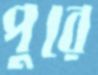
পুরে